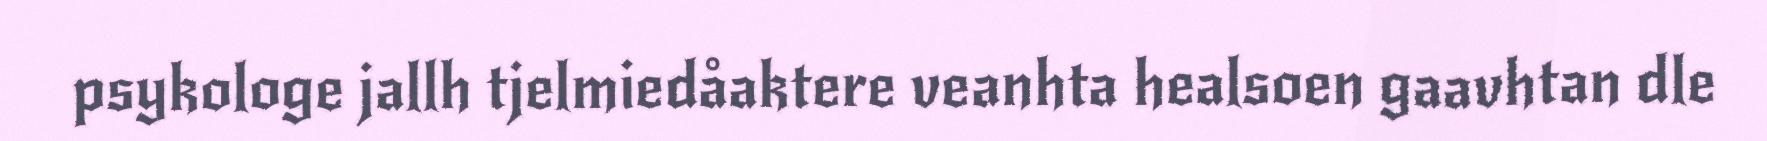
psykologe jallh tjelmiedåaktere veanhta healsoen gaavhtan dle